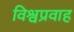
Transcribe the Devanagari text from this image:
विश्वप्रवाह